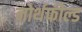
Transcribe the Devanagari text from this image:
नोर्थफील्ड